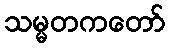
သမ္မတကတော်